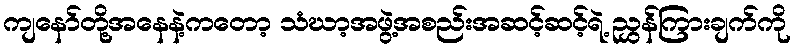
ကျနော်တို့အနေနဲ့ကတော့ သံဃာ့အဖွဲ့အစည်းအဆင့်ဆင့်ရဲ့ ညွှန်ကြားချက်ကို